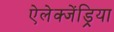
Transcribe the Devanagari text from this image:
ऐलेक्जेंड्रिया